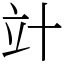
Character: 竍